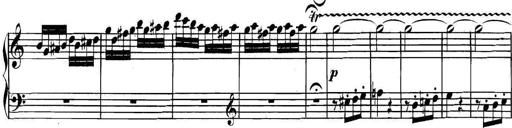
Title: Collected Piano Sonatas
Composer: Muzio Clementi